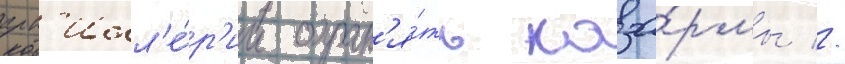
арт'илл'е́р'ии охран'я́ть каза́рмы //